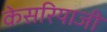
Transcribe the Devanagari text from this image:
केसरियाजी